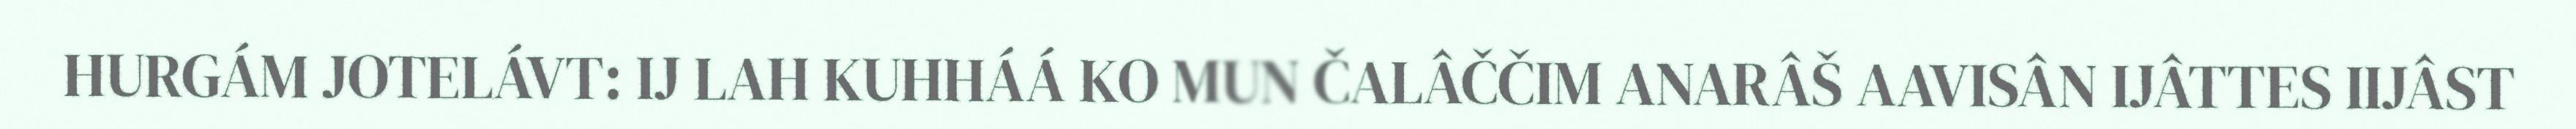
HURGÁM JOTELÁVT: IJ LAH KUHHÁÁ KO MUN ČALÂČČIM ANARÂŠ AAVISÂN IJÂTTES IIJÂST